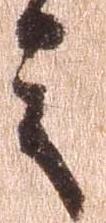
之